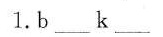
1.b___ k___